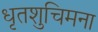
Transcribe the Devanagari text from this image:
धृतशुचिमना